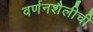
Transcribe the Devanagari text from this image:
वर्णनशैलीची